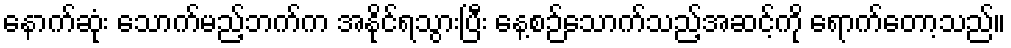
နောက်ဆုံး သောက်မည့်ဘက်က အနိုင်ရသွားပြီး နေ့စဉ်သောက်သည့်အဆင့်ကို ရောက်တော့သည်။